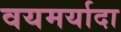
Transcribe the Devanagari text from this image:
वयमर्यादा